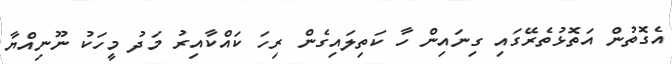
އެގޮތުން އަތޮޅުތެރޭގައި ގިނައިން ހާ ކަތިލައިގެން ރިހަ ކައްކާއިރު މަދު މީހަކު ނޫނިއްޔާ